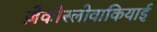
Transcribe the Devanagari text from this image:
ज़ेकोस्लोवाकियाई